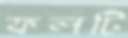
ফলটি